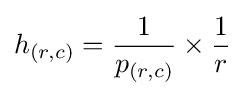
h_{(r,c)}={\frac {1}{p_{(r,c)}}}\times {\frac {1}{r}}